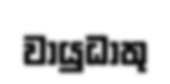
වායුධාතු